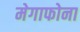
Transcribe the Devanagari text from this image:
मेगाफोना